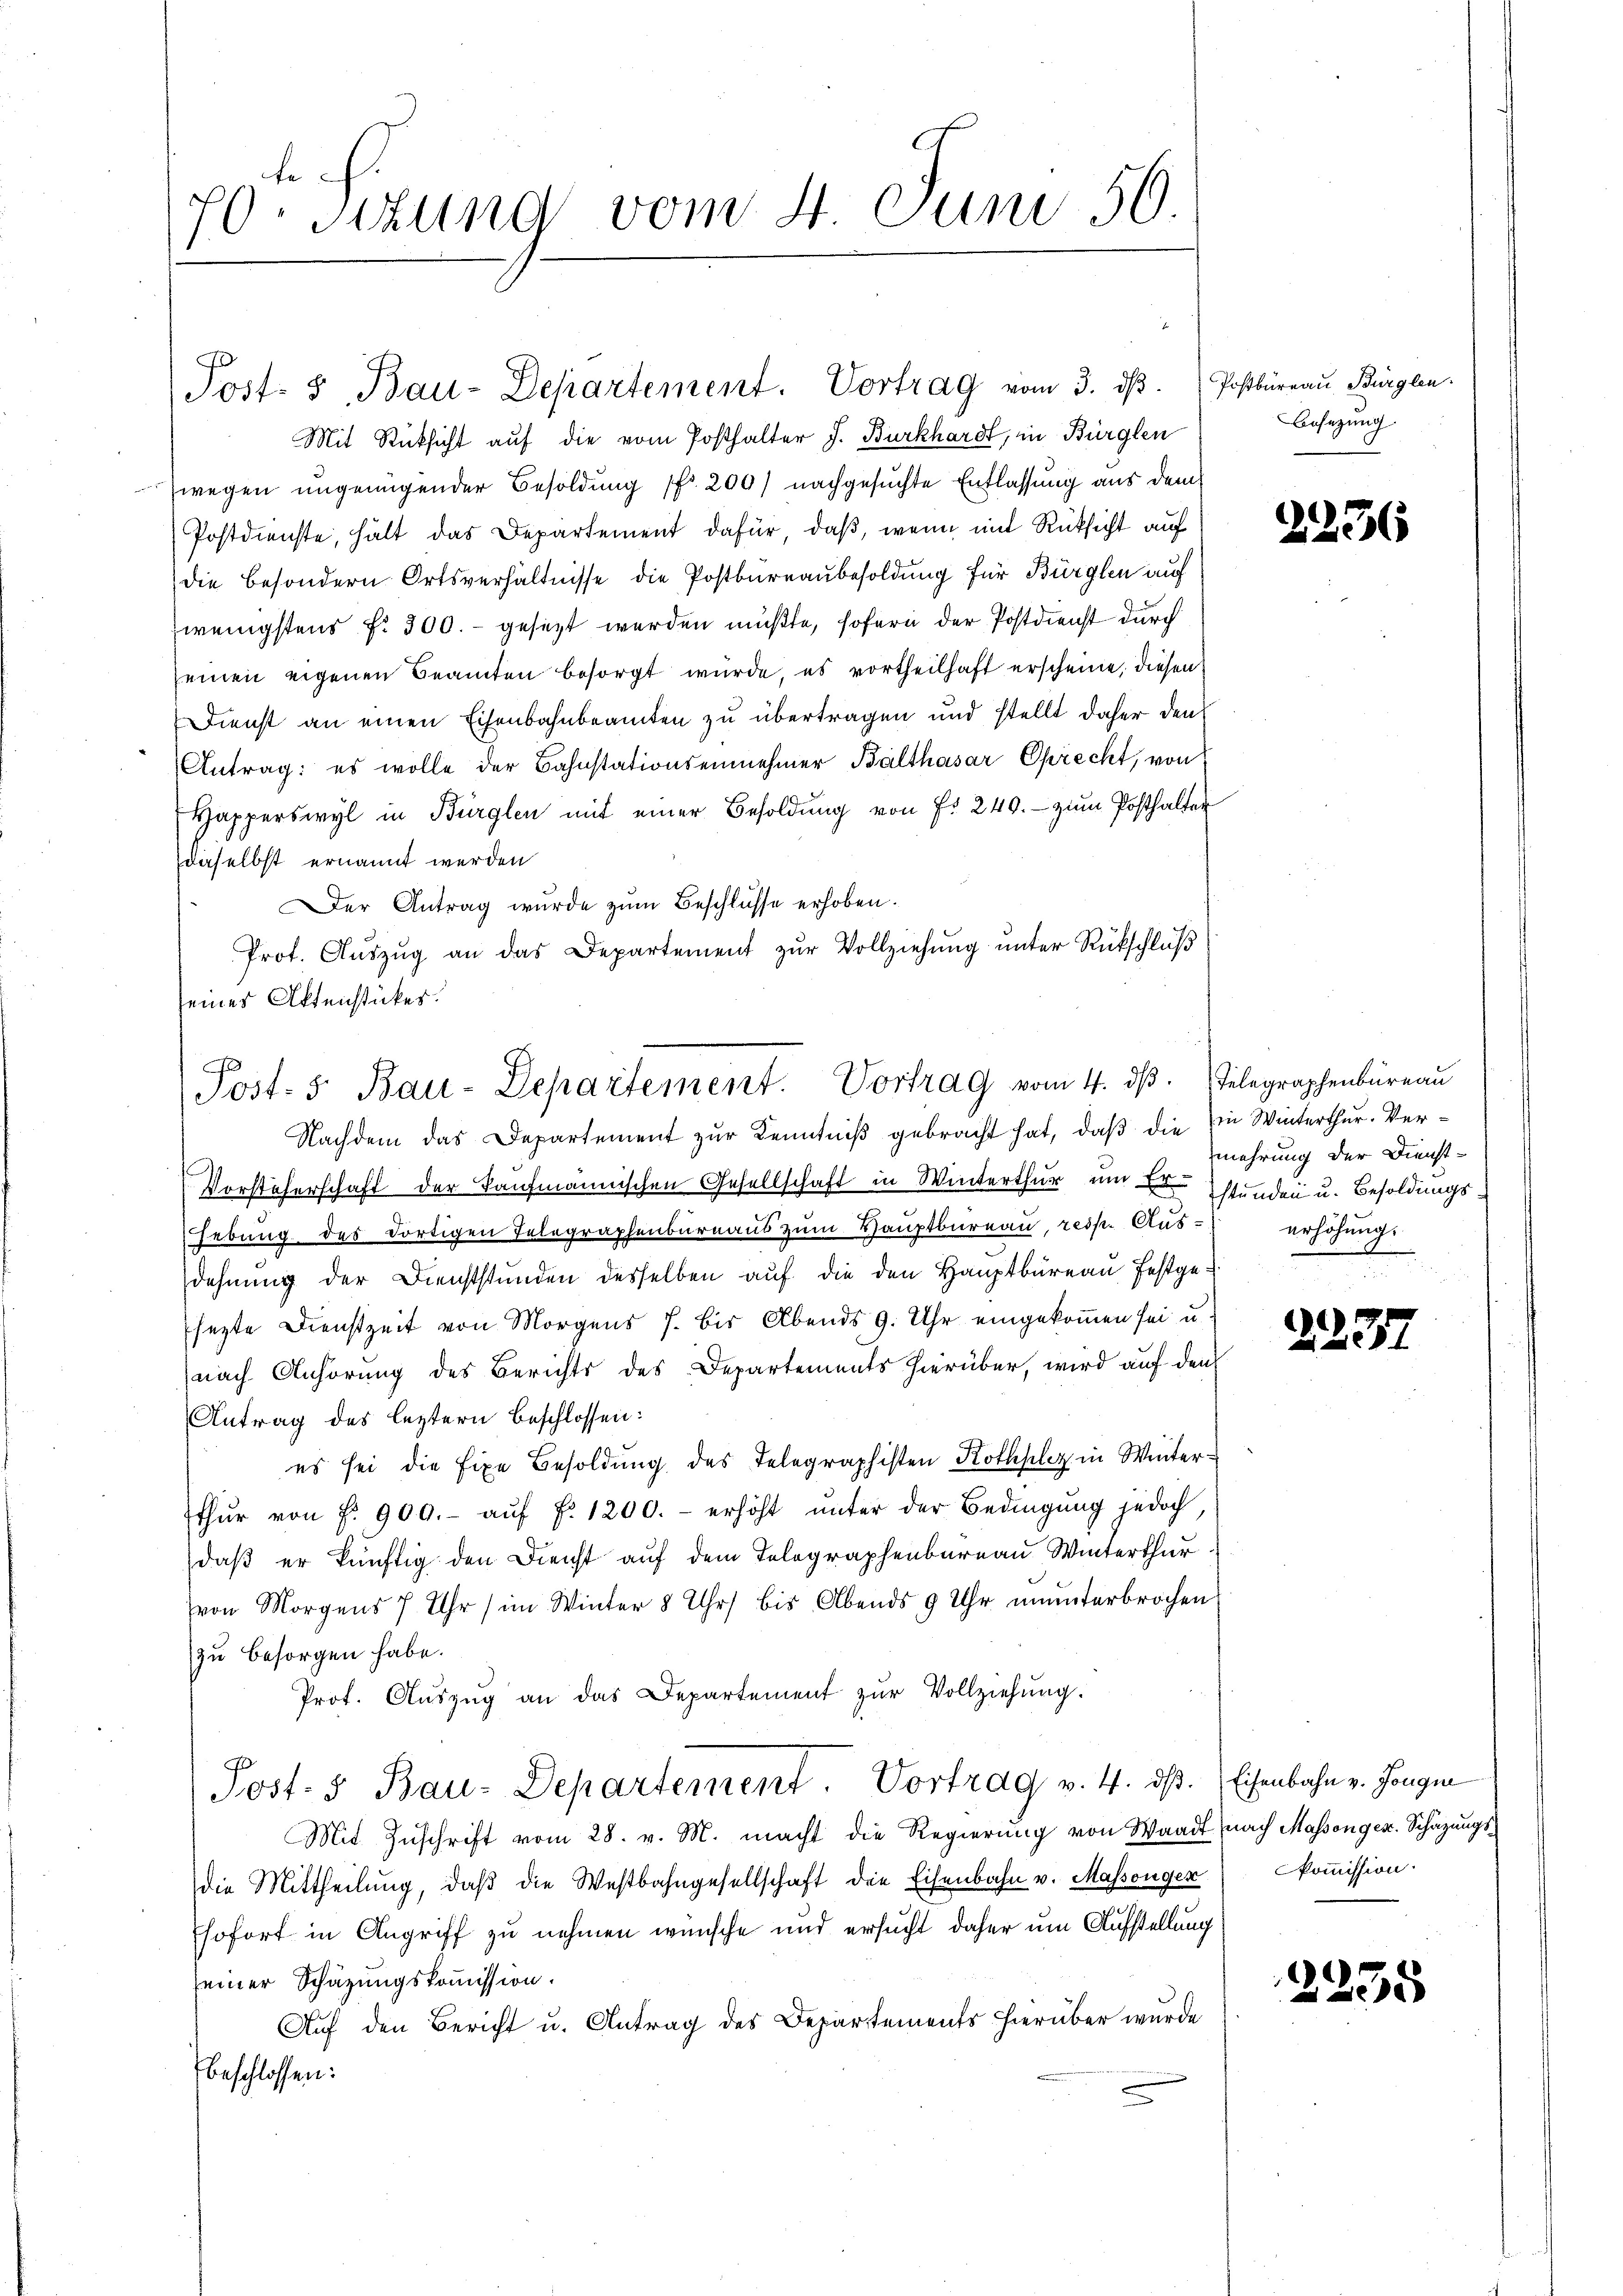
70 sizung vom 4. Juni 50

Post- & Bau-Departement. Vortrag vom 3. dβ. Postbüreau Bürglen.

Mit Rücksicht auf die vom Posthalter J. Burkhardt, in Bürglen
wegen ungenügender Besoldung 1 200) nachgesuchte Entlassung aus dem
Postdienste, hält das Departement dafür, daß, wenn mit Rücksicht auf
die besondern Ortsverhältnisse die Postbureaubesoldung für Bürglen auf
wenigstens f. 300.- gesezt werden müßte, sofern der Postdienst durch
seinen eigenen Beamten besorgt würde, es vortheilhaft erscheine, diesen
Dienst an einen Eisenbahnbeamten zu übertragen und stellt daher den
Antrag: es wolle der Bahnstationseinnehmer Balthasar Sprecht, von
Wapperswyl in Bürglen mit einer Besoldŭng von Fr. 240.- zŭm Posthalter
daselbst ernannt werden
Der Antrag wurde zŭm Beschlüsse erhoben.
Prof. Aŭszŭg an das Departement zŭr Vollziehŭng ŭnter Rückschlŭβ
seines Aktenstückes.
Nachdem das Departement zur Kenntniß gebracht hat, daß die Ein Winterthur. Ver¬
.
vorsteherschaft der Kaufmannischen Gesellschaft in Winterthur um Er stunden u. Besoldungsebung des dortigen Telegraphenbureaus zum Hauptbureau, resp. Ausdehnung der Dienststunden desselben aŭf die den Hauptbüreau festge-
sezte Dienstzeit von Morgens 7. bis Abends 9. Uhr eingekommen sei u.
nach Anhörung des Berichts des Departements hierüber, wird auf den
Antrag des leztern beschlossen:
es sei die fixe Besoldung des Telegraphisten Rothplaz in Winterthŭr von f. 900.- aŭf f. 1200.- erhöht ŭnter der Bedingŭng jedoch,
daß er künftig den Dienst auf dem Telegraphenbureau Winterthur.
von Morgens 7 Uhr (im Winter 8 Uhr bis Abends 9 Uhr unŭnterbrochen
zu besorgen habe.
Prot. Aŭszŭg an das Departement zŭr Vollziehung.
Post. 5. Bau-Departement. Vortrag v. 4. ds.
Mit Zuschrift vom 28. v. M. macht die Regierung von Waadt nach Massengen. Schazungs-
die Mittheilung, daβ die Westbahngesellschaft die Eisenbahn v. Massengen) kommission.
sofort in Angriff zu nehmen wünsche und ersucht daher um Aufstellung
seiner Schätzungskommission.
Auf den Bericht u. Antrag des Departements hierüber wurde
beschlossen:

Post- 5. Bau-Departement. Vortrag vom 4. dβ. Telegraphenbüreau

Besetzung.

2236

mehrung der Dienst-
erhöhung.

2237

Eisenbahn v. Jougne

2235